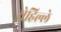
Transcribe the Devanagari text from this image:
रोहिल्ले